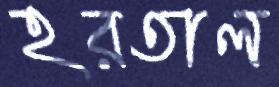
হরতাল